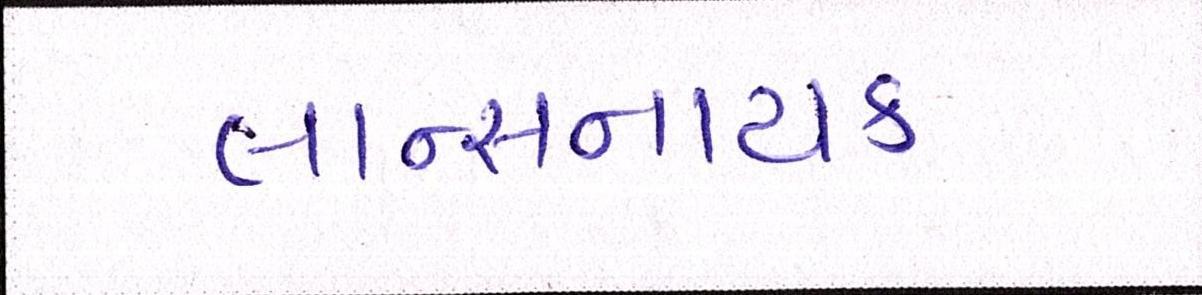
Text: લાન્સનાયક